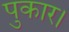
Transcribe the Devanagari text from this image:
पुकार।